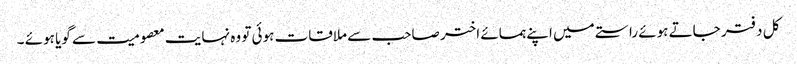
کل دفتر جاتے ہوئے راستے میں اپنے ہمسائے اختر صاحب سے ملاقات ہوئی تو وہ نہایت معصومیت سے گویا ہوئے ۔